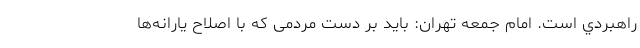
راهبردي است. امام جمعه تهران: باید بر دست مردمی که با اصلاح یارانه‌ها